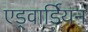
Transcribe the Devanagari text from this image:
एड्वार्डियन